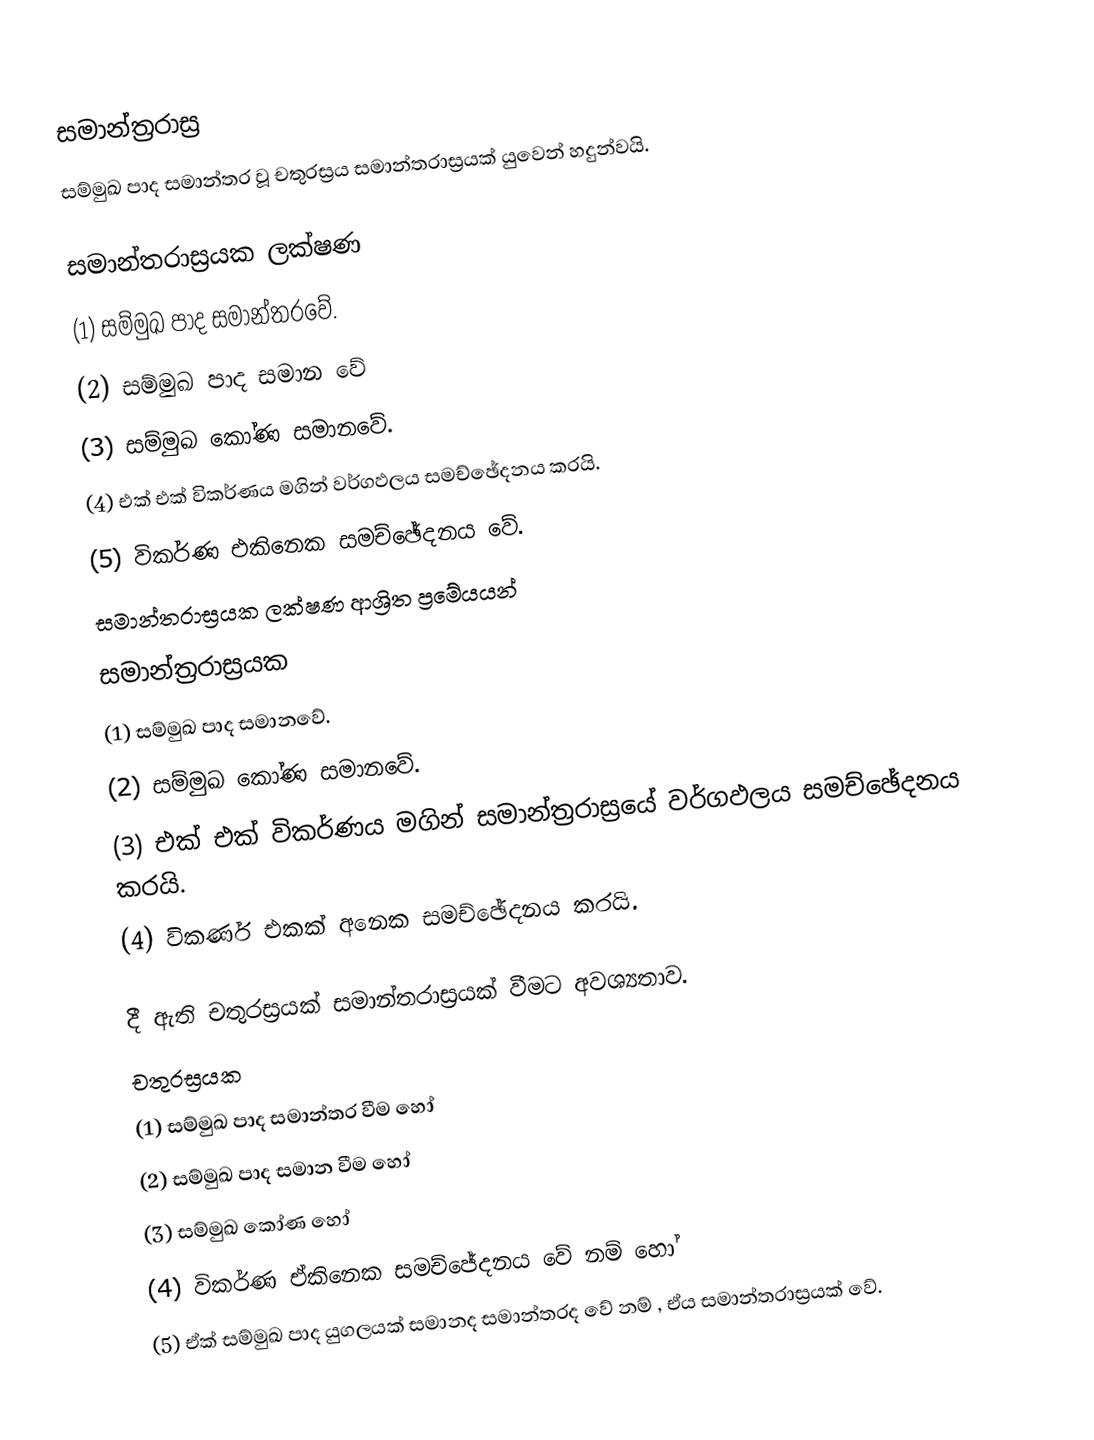
සමාන්ත්‍රරාස්‍ර
සම්මුඛ පාද සමාන්තර වූ චතුරස්‍රය සමාන්තරාස්‍රයක් යුවෙන් හදුන්වයි.

සමාන්තරාස්‍රයක ලක්ෂණ
(1) සම්මුඛ පාද සමාන්තරවේ.
(2) සම්මුඛ පාද සමාන වේ
(3) සම්මුඛ කෝණ සමානවේ.
(4) එක් එක් විකර්ණය මගින් වර්ගඵලය සමච්ඡේදනය කරයි.
(5) විකර්ණ එකිනෙක සමච්ඡේදනය වේ.
සමාන්තරාස්‍රයක ලක්ෂණ ආශ්‍රිත ප්‍රමේයයන්
සමාන්ත්‍රරාස්‍රයක
(1) සම්මුඛ පාද සමානවේ.
(2) සම්මුඛ කෝණ සමානවේ.
(3) එක් එක් විකර්ණය මගින් සමාන්ත්‍රරාස්‍රයේ වර්ගඵලය සමච්ඡේදනය කරයි.
(4) විකර්ණ එකක් අනෙක සමච්ඡේදනය කරයි.

දී ඇති චතුරස්‍රයක් සමාන්තරාස්‍රයක් වීමට අවශ්‍යතාව.
චතුරස්‍රයක
(1) සම්මුඛ පාද සමාන්තර වීම හෝ
(2) සම්මුඛ පාද සමාන වීම හෝ
(3) සම්මුඛ කෝණ හෝ
(4) විකර්ණ ඒකිනෙක සමච්ජේදනය වේ නම් හෝ
(5) ඒක් සම්මුඛ පාද යුගලයක් සමානද සමාන්තරද වේ නම් , ඒය සමාන්තරාස්‍රයක් වේ.